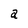
Character: a